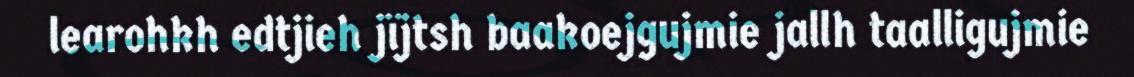
learohkh edtjieh jïjtsh baakoejgujmie jallh taalligujmie